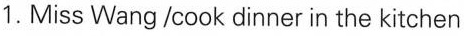
1.Miss Wang/cook dinner in the kitchen